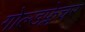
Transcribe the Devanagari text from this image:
गोल्डफ्लेचर